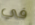
في